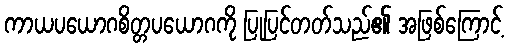
ကာယပယောဂစိတ္တပယောဂကို ပြုပြင်တတ်သည်၏ အဖြစ်ကြောင့်